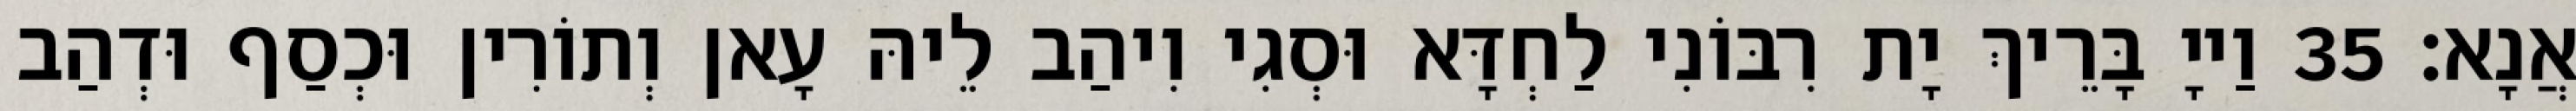
אֲנָא׃ 35 וַייָ בָּרֵיךְ יָת רִבּוֹנִי לַחְדָּא וּסְגִי וִיהַב לֵיהּ עָאן וְתוֹרִין וּכְסַף וּדְהַב